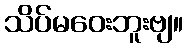
သိပ်မဝေးဘူးဗျ။